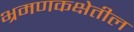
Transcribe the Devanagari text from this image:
भ्रमणकक्षेतील